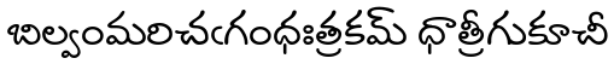
బిల్వంమరిచఁగంధఃత్రకమ్ ధాత్రీగుకూచీ